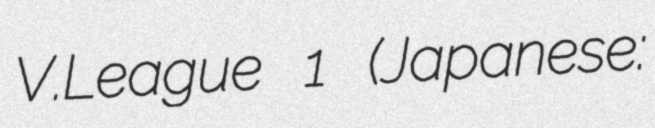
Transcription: V.League 1 (Japanese: